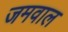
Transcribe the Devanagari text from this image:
जमवाल